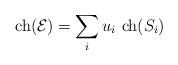
LaTeX: \begin{align*}{\rm ch}({\cal E})= \sum_i u_i\ {\rm ch}(S_i)\end{align*}